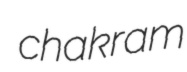
chakram